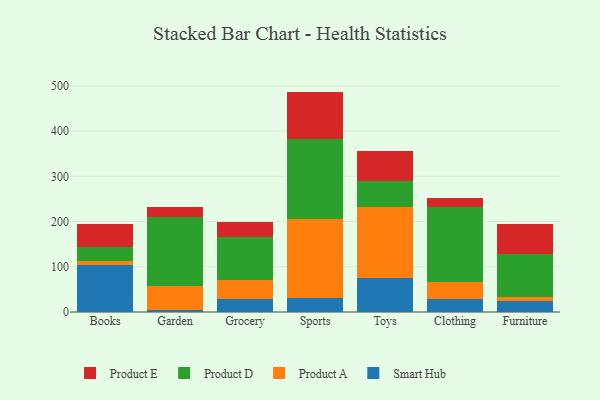
{"axis": {"x": "Category", "y": "Net Income (USD K)"}, "legend": ["Product A", "Product D", "Product E", "Smart Hub"], "data": [{"x": "Books", "y": 104.0, "type": "Smart Hub"}, {"x": "Books", "y": 9.8, "type": "Product A"}, {"x": "Books", "y": 29.3, "type": "Product D"}, {"x": "Books", "y": 50.8, "type": "Product E"}, {"x": "Garden", "y": 5.0, "type": "Smart Hub"}, {"x": "Garden", "y": 52.7, "type": "Product A"}, {"x": "Garden", "y": 152.0, "type": "Product D"}, {"x": "Garden", "y": 23.2, "type": "Product E"}, {"x": "Grocery", "y": 29.1, "type": "Smart Hub"}, {"x": "Grocery", "y": 41.4, "type": "Product A"}, {"x": "Grocery", "y": 95.3, "type": "Product D"}, {"x": "Grocery", "y": 34.1, "type": "Product E"}, {"x": "Sports", "y": 31.2, "type": "Smart Hub"}, {"x": "Sports", "y": 175.5, "type": "Product A"}, {"x": "Sports", "y": 176.7, "type": "Product D"}, {"x": "Sports", "y": 104.0, "type": "Product E"}, {"x": "Toys", "y": 74.7, "type": "Smart Hub"}, {"x": "Toys", "y": 156.7, "type": "Product A"}, {"x": "Toys", "y": 59.4, "type": "Product D"}, {"x": "Toys", "y": 65.8, "type": "Product E"}, {"x": "Clothing", "y": 28.6, "type": "Smart Hub"}, {"x": "Clothing", "y": 38.6, "type": "Product A"}, {"x": "Clothing", "y": 165.3, "type": "Product D"}, {"x": "Clothing", "y": 20.2, "type": "Product E"}, {"x": "Furniture", "y": 25.0, "type": "Smart Hub"}, {"x": "Furniture", "y": 8.4, "type": "Product A"}, {"x": "Furniture", "y": 94.1, "type": "Product D"}, {"x": "Furniture", "y": 66.1, "type": "Product E"}]}